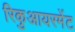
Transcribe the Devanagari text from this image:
रिकुआयरमेंट